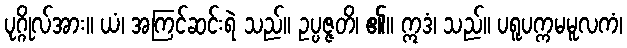
ပုဂ္ဂိုလ်အား။ ယံ၊ အကြင်ဆင်းရဲ သည်။ ဥပ္ပဇ္ဇတိ၊ ၏။ ဣဒံ၊ သည်။ ပရူပက္ကမမူလကံ၊